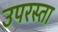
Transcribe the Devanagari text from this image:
उपरस्ता